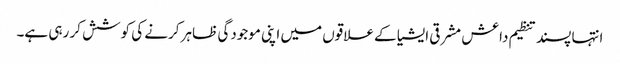
انتہا پسند تنظیم داعش مشرقی ایشیا کے علاقوں میں اپنی موجودگی ظاہر کرنے کی کوشش کر رہی ہے۔